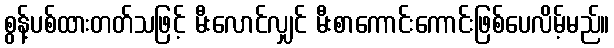
စွန့်ပစ်ထားတတ်သဖြင့် မီးလောင်လျှင် မီးစာကောင်းကောင်းဖြစ်ပေလိမ့်မည်။